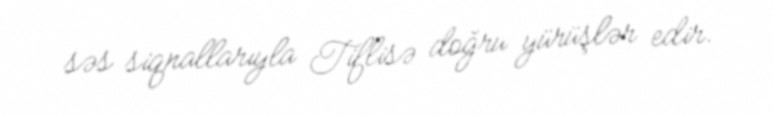
səs siqnallarıyla Tiflisə doğru yürüşlər edir.